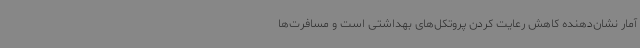
آمار نشان‌دهنده کاهش رعایت کردن پروتکل‌های بهداشتی است و مسافرت‌ها